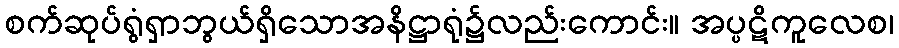
စက်ဆုပ်ရွံရှာဘွယ်ရှိသောအနိဋ္ဌာရုံ၌လည်းကောင်း။ အပ္ပဋိကူလေစ၊